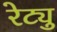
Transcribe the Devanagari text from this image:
रेट्यु